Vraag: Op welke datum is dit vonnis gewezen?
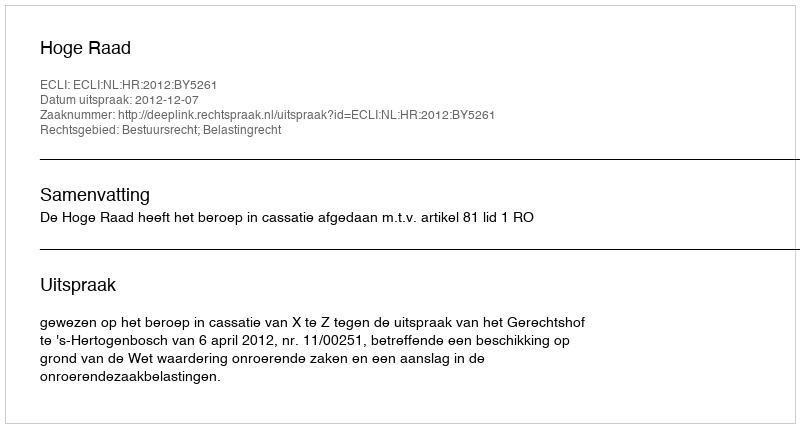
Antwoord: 2012-12-07